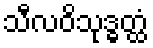
သီလဝိသုဒ္ဓတ္ထံ